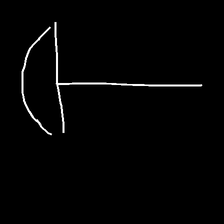
Glyph: dispersion